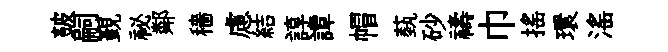
皷嗣覲祕鄰穡慮結諄譚帽蓺砂禱巾揺環滛